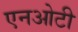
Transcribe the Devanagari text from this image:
एनओटी